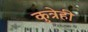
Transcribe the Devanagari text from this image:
कुत्रेही